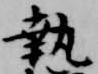
執